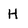
Character: H